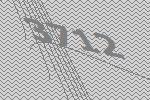
3712